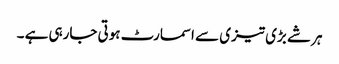
ہر شے بڑی تیزی سے اسمارٹ ہوتی جارہی ہے ۔